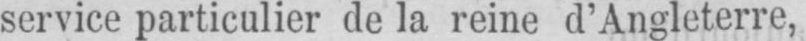
service particulier de la reine d’Angleterre,